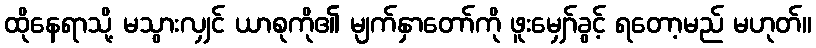
ထိုနေရာသို့ မသွားလျှင် ယာစုကို၏ မျက်နှာတော်ကို ဖူးမျှော်ခွင့် ရတော့မည် မဟုတ်။